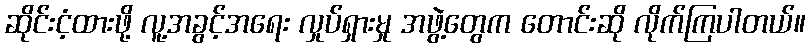
ဆိုင်းငံ့ထားဖို့ လူ့အခွင့်အရေး လှုပ်ရှားမှု အဖွဲ့တွေက တောင်းဆို လိုက်ကြပါတယ်။